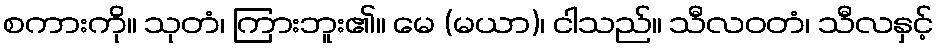
စကားကို။ သုတံ၊ ကြားဘူး၏။ မေ (မယာ)၊ ငါသည်။ သီလဝတံ၊ သီလနှင့်